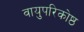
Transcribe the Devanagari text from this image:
वायुपरिकोष्ठ